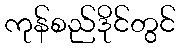
ကုန်စည်ဒိုင်တွင်